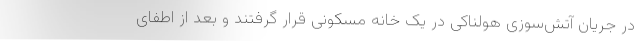
در جریان آتش‌سوزی هولناکی در یک خانه مسکونی قرار گرفتند و بعد از اطفای